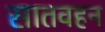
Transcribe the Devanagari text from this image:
सातवहन